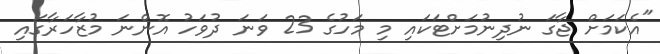
"އެކަމަށް ޖާގަ ނުދިނުމަށްޓަކައި މި މަހުގެ 23 ވަނަ ދުވަހު އޮންނަ މުޒާހަރާގައި